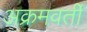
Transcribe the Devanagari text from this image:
अक्रमवर्ती